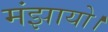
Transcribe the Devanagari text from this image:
मंझायो।